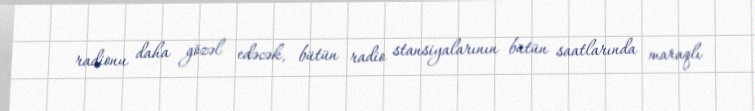
radionu daha gözəl edəcək, bütün radio stansiyalarının bütün saatlarında maraqlı